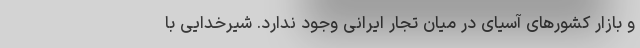
و بازار کشورهای آسیای در میان تجار ایرانی وجود ندارد. شیرخدایی با